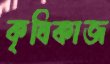
কৃষিকাজ